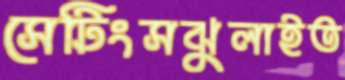
সেটিংসঝুলাইত